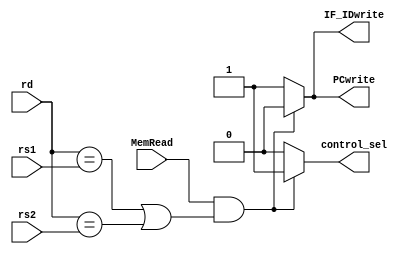
`timescale 1ns / 1ps
//////////////////////////////////////////////////////////////////////////////////
// Company: 
// Engineer: 
// 
// Design Name: 
// Module Name: hazard_detection
// Project Name: 
// Target Devices: 
// Tool Versions: 
// Description: 
// 
// Dependencies: 
// 
// Revision:
// Revision 0.01 - File Created
// Additional Comments:
// 
//////////////////////////////////////////////////////////////////////////////////


module hazard_detection(input [4:0] rd,
                        input [4:0] rs1,
                        input [4:0] rs2,
                        input MemRead,
                        output reg PCwrite,
                        output reg IF_IDwrite,
                        output reg control_sel);
    always@(*) begin 
        if (MemRead && ((rd == rs1)||(rd == rs2))) begin 
              PCwrite <= 1'b0;
              IF_IDwrite <= 1'b0;
              control_sel <= 1'b1;
        end
        else begin 
              PCwrite <= 1'b1;
              IF_IDwrite <= 1'b1;
              control_sel <= 1'b0;
        end  
    end                         
    
endmodule